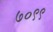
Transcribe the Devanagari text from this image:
७०९९